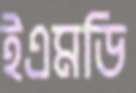
ইএমডি